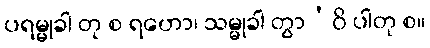
ပရမ္မုခါ တု စ ရဟော၊ သမ္မုခါ တွာ’ဝိ ပါတု စ။